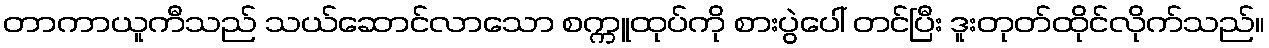
တာကာယူကီသည် သယ်ဆောင်လာသော စက္ကူထုပ်ကို စားပွဲပေါ် တင်ပြီး ဒူးတုတ်ထိုင်လိုက်သည်။